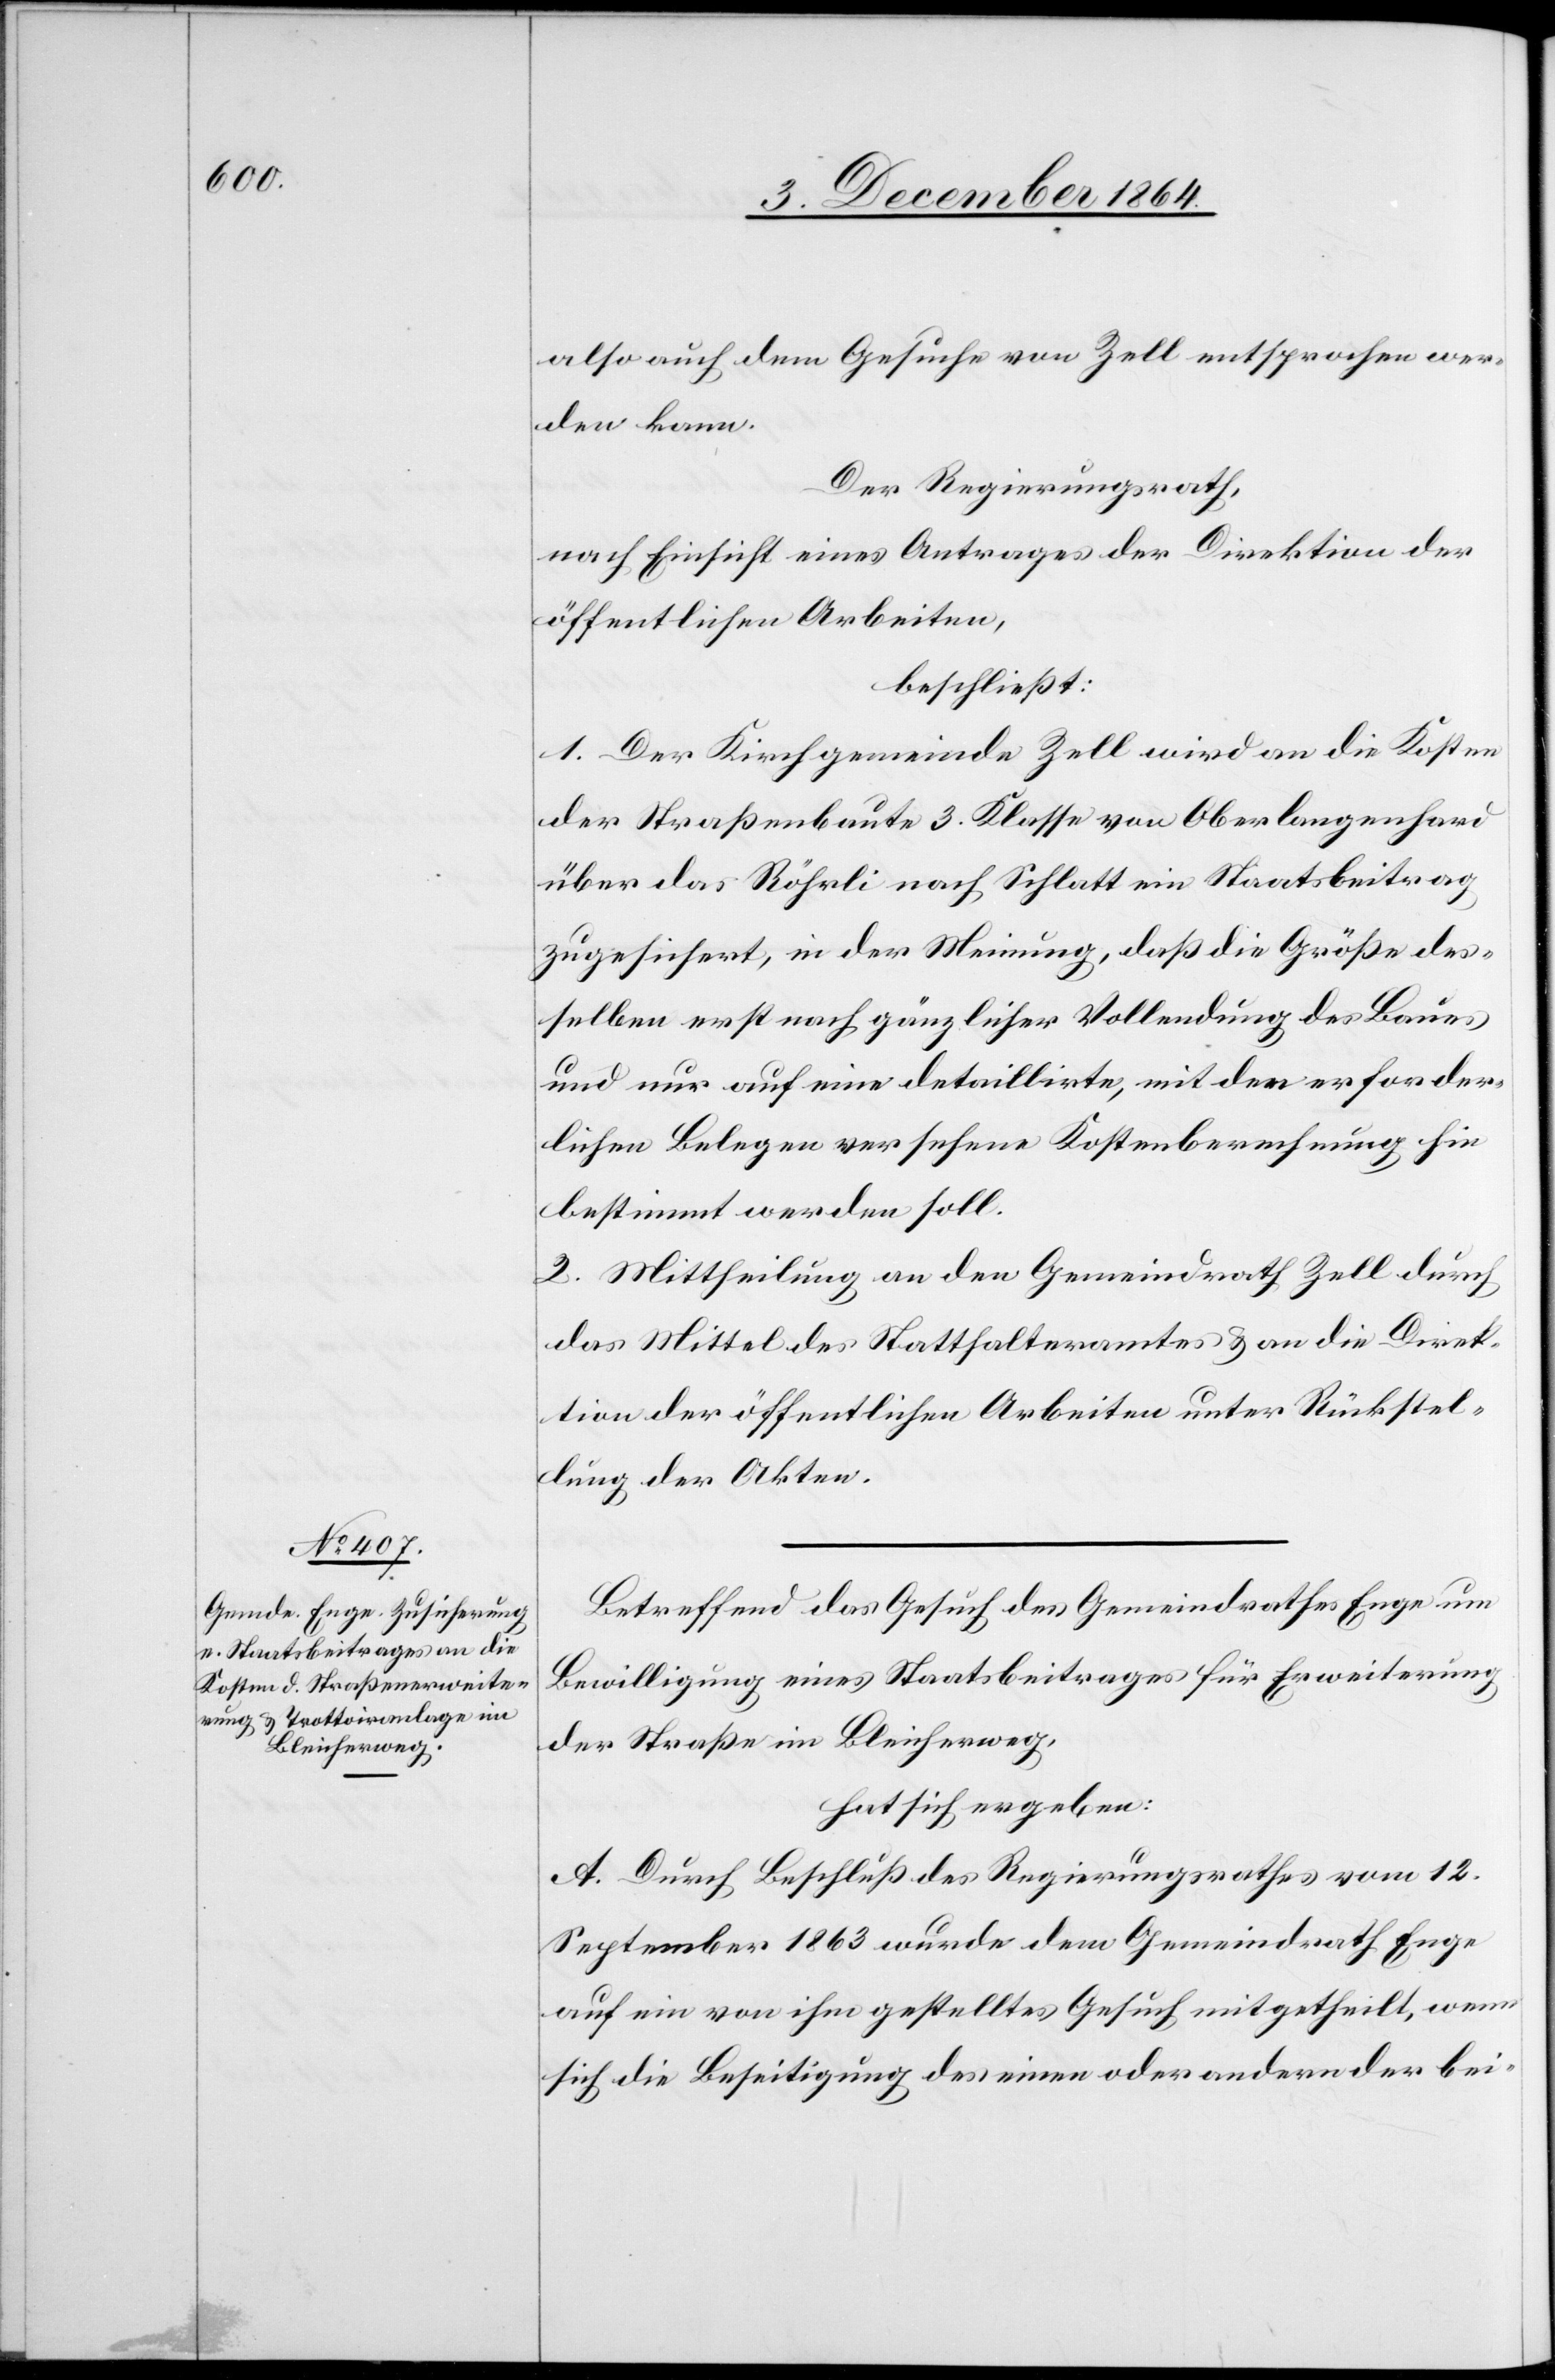
also auch dem Gesuche von Zell entsprochen wer¬
den kann.
Der Regierungsrath,
nach Einsicht eines Antrages der Direktion der
öffentlichen Arbeiten,
beschließt:
1. Der Kirchgemeinde Zell wird an die Kosten
der Straßenbaute 3. Klasse von Oberlangenhard
über das Röhrli nach Schlatt ein Staatsbeitrag
zugesichert, in der Meinung, daß die Größe des¬
selben erst nach gänzlicher Vollendung des Baues
und nur auf eine detaillirte, mit den erforder¬
lichen Belegen versehene Kostenberechnung hin
bestimmt werden soll.
2. Mittheilung an den Gemeindrath Zell durch
das Mittel des Statthalteramtes & an die Direk¬
tion der öffentlichen Arbeiten unter Rückstel¬
lung der Akten.
Betreffend das Gesuch des Gemeindrathes Enge um
Bewilligung eines Staatsbeitrages für Erweiterung
der Straße im Bleicherweg,
hat sich ergeben:
A. Durch Beschluß des Regierungsrathes vom 12.
September 1863 wurde dem Gemeindrath Enge
auf ein von ihm gestelltes Gesuch mitgetheilt, wenn
sich die Beseitigung des einen oder andern der bei-